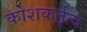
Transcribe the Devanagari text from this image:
कोशकर्तृत्व